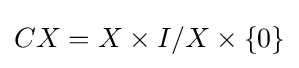
CX=X\times I/X\times \{0\}